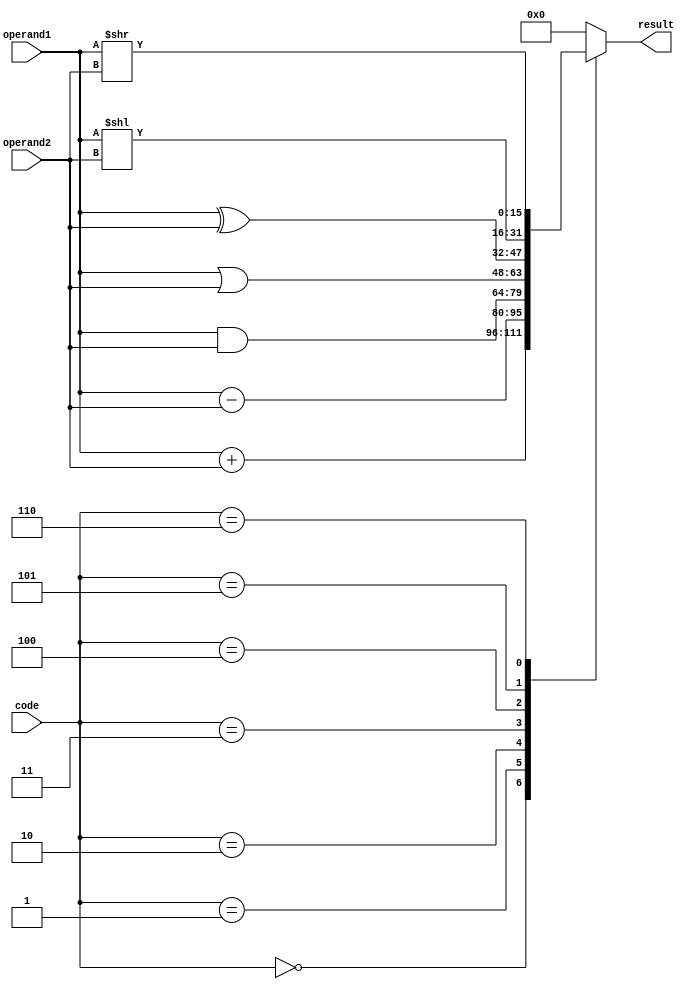
module alu(
    input [15:0] operand1,
    input [15:0] operand2,
    input [2:0] code,
    output reg [15:0] result
);

always @ (operand1 or operand2 or code) begin
    case (code)
        3'b000: result <= operand1 + operand2; // Add
        3'b001: result <= operand1 - operand2; // Subtract
        3'b010: result <= operand1 & operand2; // Bitwise AND
        3'b011: result <= operand1 | operand2; // Bitwise OR
        3'b100: result <= operand1 ^ operand2; // Bitwise XOR
        3'b101: result <= operand1 << operand2; // Shift Left
        3'b110: result <= operand1 >> operand2; // Shift Right
        default: result <= 4'b0; // Default to 0
    endcase
end

endmodule